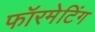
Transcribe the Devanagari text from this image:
फॉरमेटिंग